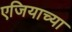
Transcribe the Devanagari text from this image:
एजियाच्या